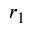
r _ { 1 }